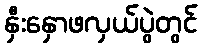
နှီးနှောဖလှယ်ပွဲတွင်